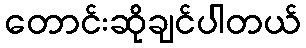
တောင်းဆိုချင်ပါတယ်